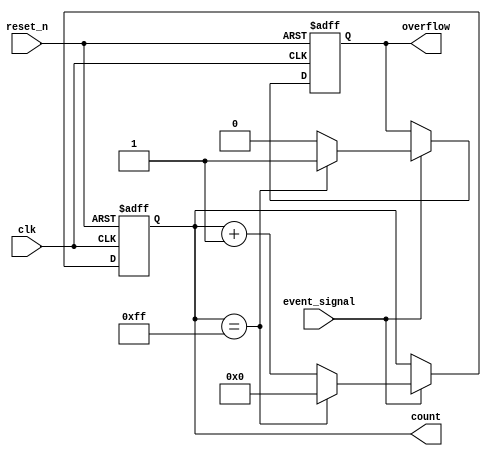
module EventCounter #(
    parameter COUNT_WIDTH = 8 // Parameter to set the width of the counter
)(
    input wire clk,              // Clock signal
    input wire reset_n,          // Asynchronous active-low reset
    input wire event_signal,      // Event signal that triggers increment
    output reg [COUNT_WIDTH-1:0] count, // Current count value output
    output reg overflow           // Overflow signal
);

// Initialize count and overflow
initial begin
    count = 0;
    overflow = 0;
end

// Process for counting events
always @(posedge clk or negedge reset_n) begin
    if (!reset_n) begin
        // Asynchronous reset
        count <= 0;
        overflow <= 0;
    end else begin
        if (event_signal) begin
            if (count == {COUNT_WIDTH{1'b1}}) begin // Check for overflow condition
                overflow <= 1; // Set overflow
                count <= 0;    // Reset count on overflow
            end else begin
                count <= count + 1; // Increment count
                overflow <= 0; // Clear overflow
            end
        end
    end
end

endmodule